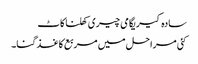
سادہ کیریگامی چیری کھلنا کاٹ
کئی مراحل میں مربع کاغذ گنا۔